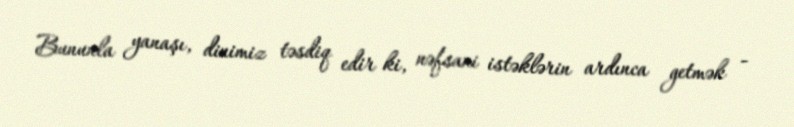
Bununla yanaşı, dinimiz təsdiq edir ki, nəfsani istəklərin ardınca getmək -